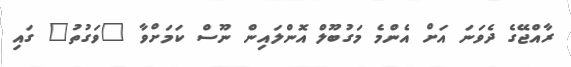
ރާއްޖޭގެ ދެވަނަ އަށް އެންމެ މަގުބޫލް އޮންލައިން ނޫސް ކަމަށްވާ "ވަގުތު" ގައި